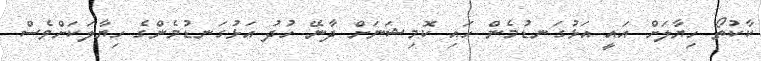
ކާކުތޯ ހިޔާލަށް އައީ އަޅުގަނޑުމެން ހައި ކޮމިޝަނަށް ދާނޭ ހުދު އަޅުގަނޑުމެންގެ ހިޔާލަކަށްވެސް